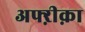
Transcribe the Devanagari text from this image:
अफ्ऱीक़ा